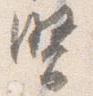
習